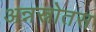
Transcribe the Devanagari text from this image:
अन्नस्रोतस